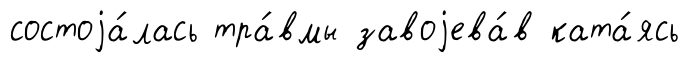
состоjа́лась тра́вмы завоjева́в ката́ясь